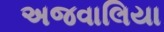
અજવાલિયા